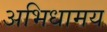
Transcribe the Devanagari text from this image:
अभिधामय